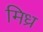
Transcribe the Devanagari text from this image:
मिध्र